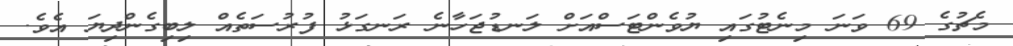
މެޗުގެ 69 ވަނަ މިނެޓުގައި ޔުވެންޓަސްއަށް ލަނޑުޖަހާނެ ރަނގަޅު ފުރުސަތެއް ލިބިގެންދިޔަ އެވެ.